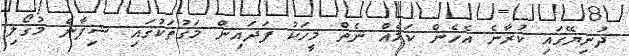
ދުނިޔޭގައި ކުރާނެ އެހެން ކަމެއް ނެތް މީހަކު ފަދައިން މަގުތަކުގައި ޝިފާން މުގޯލި